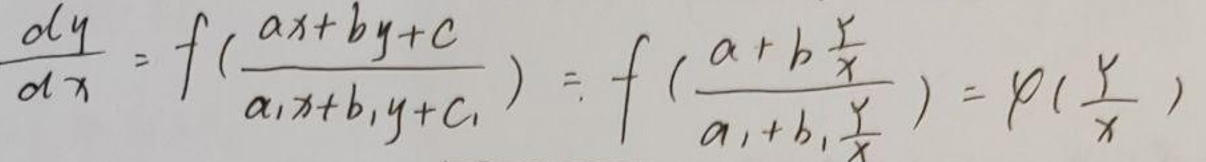
\[
\frac{dy}{dx}=f\left(\frac{ax + by + c}{a_1x + b_1y + c_1}\right)=f\left(\frac{a + b\frac{y}{x}}{a_1 + b_1\frac{y}{x}}\right)=\varphi\left(\frac{y}{x}\right)
\]